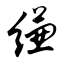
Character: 缣